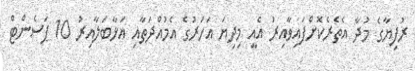
ރުފިޔާގެ މުދާ އެތެރެކޮށްފައިވާއިރު އެއީ މިދިޔަ އަހަރުގެ އެމުއްދަތާއި އަޅާބަލާއިރު 10 ޕަސެންޓް